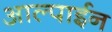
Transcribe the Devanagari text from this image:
आल्पाईन